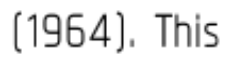
(1964). This